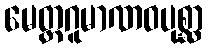
မေတ္တဂူမာဏဝပုစ္ဆာ